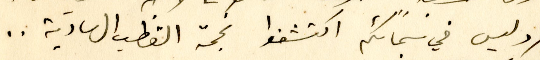
اوليس في سمائكم اكتشفوا نجمة القطب الهاديَة ..